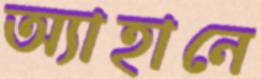
অ্যাহানে